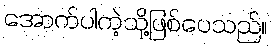
အောက်ပါကဲ့သို့ဖြစ်ပေသည်။